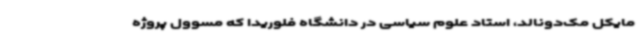
مایکل مک‌دونالد، استاد علوم سیاسی در دانشگاه فلوریدا که مسوول پروژه